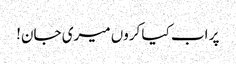
پر اب کیا کروں میری جان!